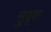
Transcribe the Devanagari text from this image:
सुदृश